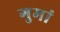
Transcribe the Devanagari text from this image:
गुमां